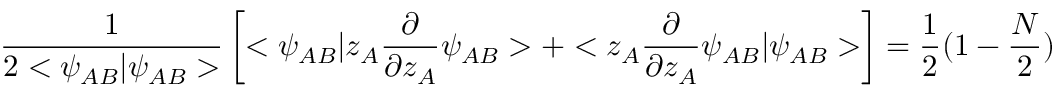
\frac { 1 } { 2 < \psi _ { A B } | \psi _ { A B } > } \left[ < \psi _ { A B } | z _ { A } \frac { \partial } { \partial z _ { A } } \psi _ { A B } > + < z _ { A } \frac { \partial } { \partial z _ { A } } \psi _ { A B } | \psi _ { A B } > \right] = \frac { 1 } { 2 } ( 1 - \frac { N } { 2 } )